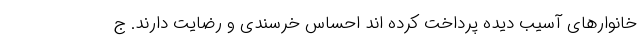
خانوارهای آسیب دیده پرداخت کرده اند احساس خرسندی و رضایت دارند. ج